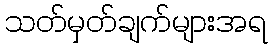
သတ်မှတ်ချက်များအရ